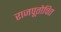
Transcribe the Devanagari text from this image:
राजपूतोचित